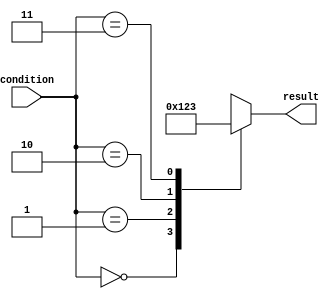
module unique_case (
  input [1:0] condition,
  output reg [3:0] result
);

always @*
begin
  case (condition)
    2'b00: result = 4'b0000;
    2'b01: result = 4'b0001;
    2'b10: result = 4'b0010;
    2'b11: result = 4'b0011;
    default: result = 4'bxxxx; // Handle default case
  endcase
end

endmodule